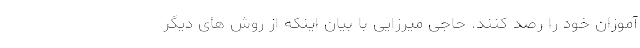
آموزان خود را رصد کنند. حاجی میرزایی با بیان اینکه از روش های دیگر